Annual report of the Bengal Veterinary College and of the Civil Veterinary Department, Bengal, for the year 1914-1915 - 1914-1915
Year: 1914
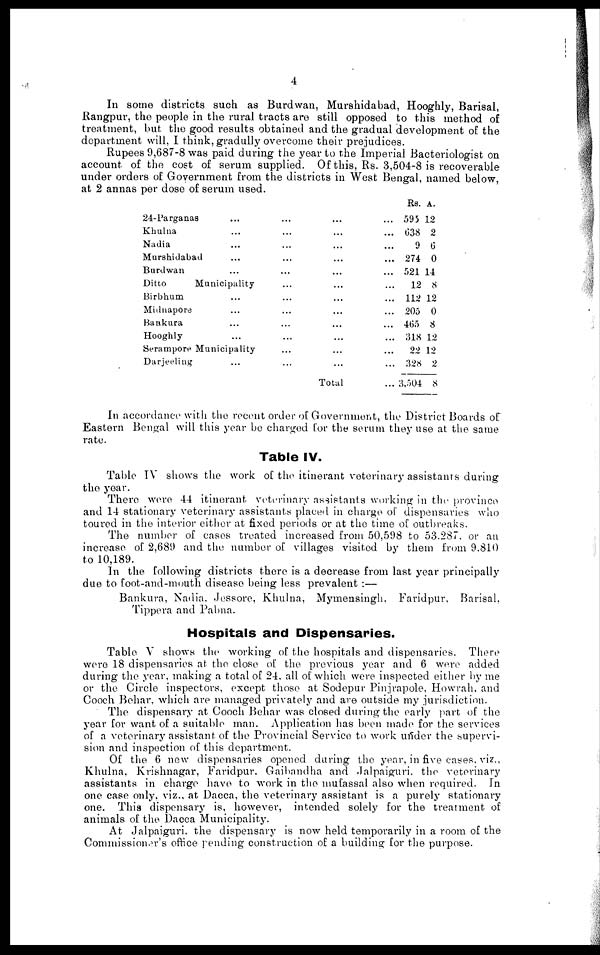
4
In some districts such as Burdwan, Murshidabad, Hooghly, Barisal,
Rangpur, the people in the rural tracts are still opposed to this method of
treatment, but the good results obtained and the gradual development of the
department will, I think, gradully overcome their prejudices.
Rupees 9,687-8 was paid during the year to the Imperial Bacteriologist on
account of the cost of serum supplied. Of this, Rs. 3,504-8 is recoverable
under orders of Government from the districts in West Bengal, named below,
at 2 annas per dose of serum used.
24-Parganas ...
Khulna ...
Nadia ...
Murshidabad ...
Burdwan ...
Ditto
Municipality
Birbhum ...
Midnapore ...
Bankura ...
Hooghly ...
Serampore Municipality
Darjeeling ...
...
...
...
...
...
...
...
...
...
...
...
...
...
...
...
...
...
...
...
...
...
...
...
Total
...
...
...
...
...
...
...
...
...
...
...
...
...
Rs. A.
595 12
638 2
9 6
274 0
521 14
12 8
112 12
205 0
465 8
318 12
22 12
328 2
3,504 8
In accordance with the recent order of Government, the District Boards of
Eastern Bengal will this year be charged for the serum they use at the same
rate.
Table IV.
Table IV shows the work of the itinerant veterinary assistants during
the year.
There were 44 itinerant veterinary assistants working in the province
and 14 stationary veterinary assistants placed in charge of dispensaries who
toured in the interior either at fixed periods or at the time of outbreaks.
The number of cases treated increased from 50,598 to 53.287. or an
increase of 2,689 and the number of villages visited by them from 9.810
to 10,189.
In the following districts there is a decrease from last year principally
due to foot-and-mouth disease being less prevalent :—
Bankura, Nadia, Jessore, Khulna, Mymensingh, Faridpur, Barisal,
Tippera and Pabna.
Hospitals and Dispensaries.
Table V shows the working of the hospitals and dispensaries. There
were 18 dispensaries at the close of the previous year and 6 were added
during the year, making a total of 24, all of which were inspected either by me
or the Circle inspectors, except those at Sodepur Pinjrapole, Howrah. and
Cooch Behar, which are managed privately and are outside my jurisdiction.
The dispensary at Cooch Behar was closed during the early part of the
year for want of a suitable man. Application has been made for the services
of a veterinary assistant of the Provincial Service to work under the supervi-
sion and inspection of this department.
Of the 6 new dispensaries opened during the year, in five cases, viz.,
Khulna, Krishnagar, Faridpur. Gaibandha and Jalpaiguri. the veterinary
assistants in charge have to work in the mufassal also when required. In
one case only, viz., at Dacca, the veterinary assistant is a purely stationary
one. This dispensary is, however, intended solely for the treatment of
animals of the Dacca Municipality.
At Jalpaiguri, the dispensary is now held temporarily in a room of the
Commissioner's office pending construction of a building for the purpose.